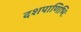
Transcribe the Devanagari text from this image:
दशपाणिभिः